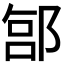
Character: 𬪊